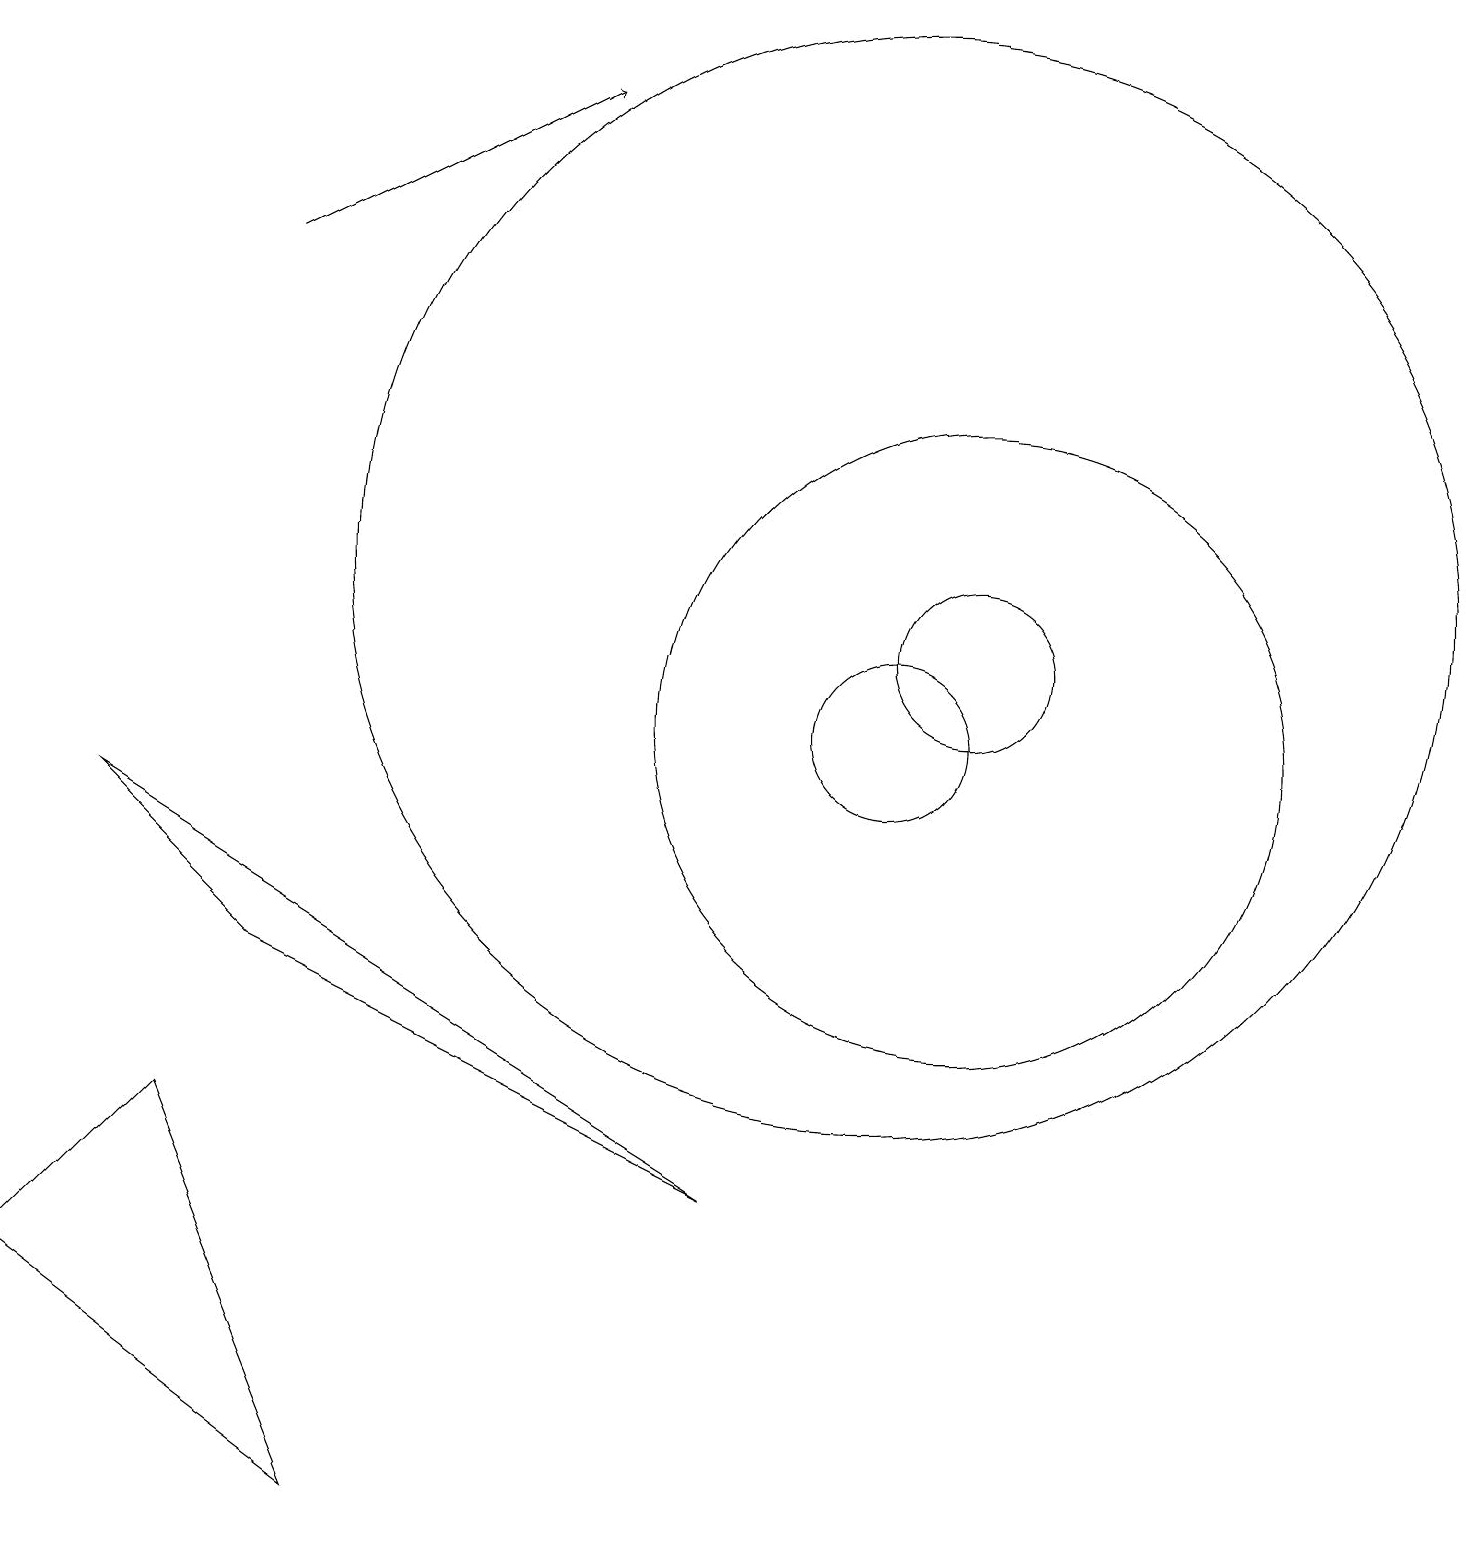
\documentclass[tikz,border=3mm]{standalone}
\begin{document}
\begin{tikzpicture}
\draw (12,11) circle (1);
\draw[->] (3,16) -- (7,18);
\draw (12,10) circle (4);
\draw (11,10) circle (1);
\draw (4,0) -- (2,5) -- (0,3) -- cycle;
\draw (1,9) -- (3,7) -- (9,4) -- cycle;
\draw (11,12) circle (7);
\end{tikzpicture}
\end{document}